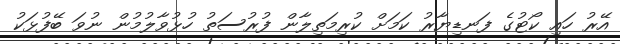
އޭރު ހައި ކޯޓުގެ ފަނޑިޔާރު ކަމަށް ކުރިމަތިލާން ފުރުސަތު ހުޅުވާލުމުން ނުވަ ބޭފުޅަކު